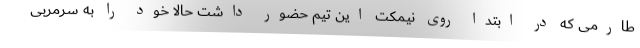
طارمی که در ابتدا روی نیمکت این تیم حضور داشت حالا خود را به سرمربی